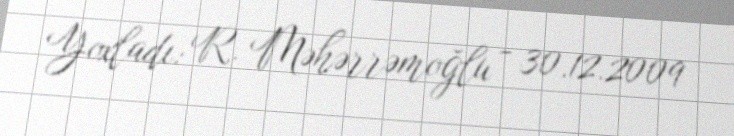
Yoxladı: R. Məhərrəmoğlu - 30.12.2009